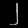
Digit: ၂